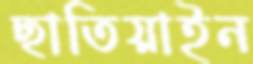
ছাতিয়াইন